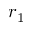
r _ { 1 }